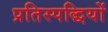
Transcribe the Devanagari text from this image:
प्रतिस्पद्धियों